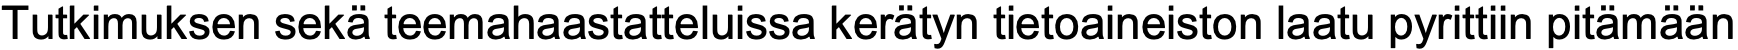
Tutkimuksen sekä teemahaastatteluissa kerätyn tietoaineiston laatu pyrittiin pitämään